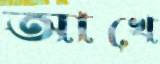
আখে